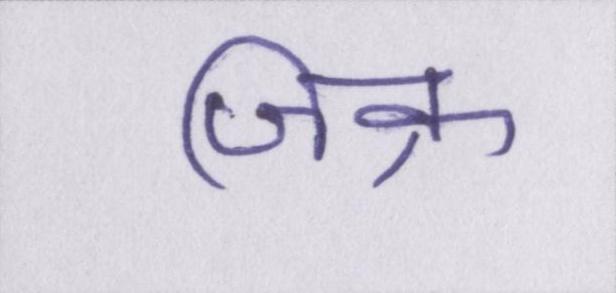
जिक्र